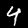
Digit: 4